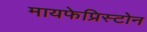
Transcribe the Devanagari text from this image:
मायफेप्रिस्टोन